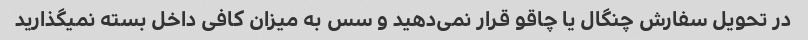
در تحویل سفارش چنگال یا چاقو قرار نمی‌دهید و سس به میزان کافی داخل بسته نمیگذارید